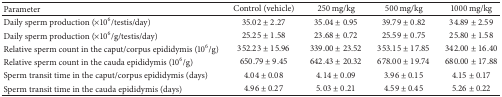
<table><thead><tr><td><b>Parameter</b></td><td><b>Control (vehicle)</b></td><td><b>250 mg/kg</b></td><td><b>500 mg/kg</b></td><td><b>1000 mg/kg</b></td></tr></thead><tbody><tr><td>Daily sperm production (×10<sup>6</sup>/testis/day)</td><td>35.02 ± 2.27</td><td>35.04 ± 0.95</td><td>39.79 ± 0.82</td><td>34.89 ± 2.59</td></tr><tr><td>Daily sperm production (×10<sup>6</sup>/g/testis/day)</td><td>25.25 ± 1.58</td><td>23.68 ± 0.72</td><td>25.59 ± 0.75</td><td>25.80 ± 1.58</td></tr><tr><td>Relative sperm count in the caput/corpus epididymis (10<sup>6</sup>/g)</td><td>352.23 ± 15.96</td><td>339.00 ± 23.52</td><td>353.15 ± 17.85</td><td>342.00 ± 16.40</td></tr><tr><td>Relative sperm count in the cauda epididymis (10<sup>6</sup>/g)</td><td>650.79 ± 9.45</td><td>642.43 ± 20.32</td><td>678.00 ± 19.74</td><td>680.00 ± 17.88</td></tr><tr><td>Sperm transit time in the caput/corpus epididymis (days)</td><td>4.04 ± 0.08</td><td>4.14 ± 0.09</td><td>3.96 ± 0.15</td><td>4.15 ± 0.17</td></tr><tr><td>Sperm transit time in the cauda epididymis (days)</td><td>4.96 ± 0.27</td><td>5.03 ± 0.21</td><td>4.59 ± 0.45</td><td>5.26 ± 0.22</td></tr></tbody></table>